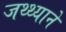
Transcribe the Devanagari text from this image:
जथ्थ्याने